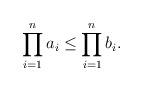
LaTeX: \begin{align*}\prod_{i=1}^na_i \leq \prod_{i=1}^nb_i. \end{align*}